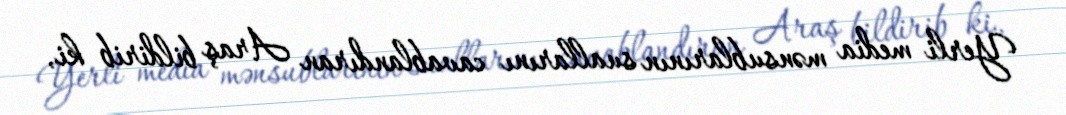
Yerli media mənsublarının suallarını cavablandıran Araş bildirib ki,